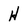
Character: H